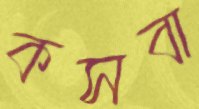
কসবা